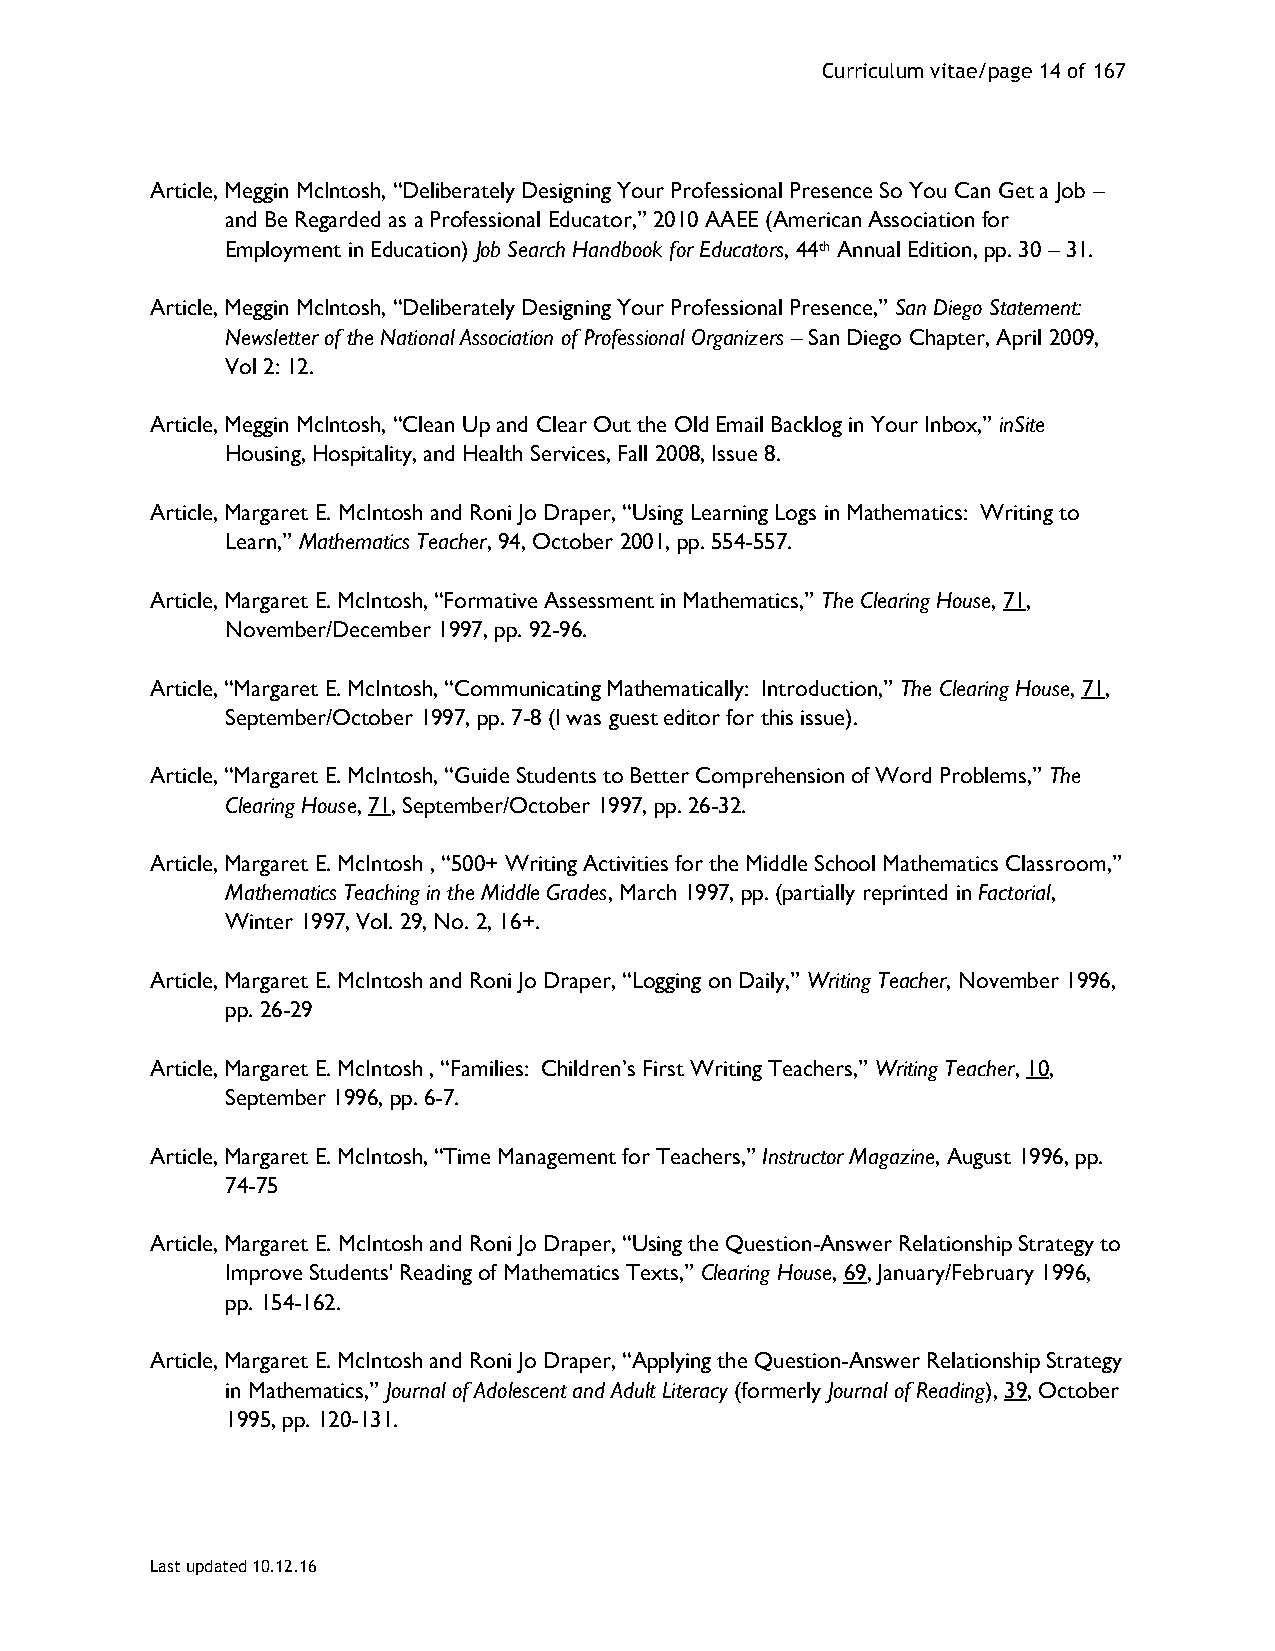
Curriculum vitae/page 14 of 167
 Article, Meggin McIntosh, “Deliberately Designing Your Professional Presence So You Can Get a Job –
 and Be Regarded as a Professional Educator,” 2010 AAEE (American Association for
 Employment in Education) Job Search Handbook for Educators, 44th Annual Edition, pp. 30 – 31.
 Article, Meggin McIntosh, “Deliberately Designing Your Professional Presence,” San Diego Statement:
 Newsletter of the National Association of Professional Organizers – San Diego Chapter, April 2009,
 Vol 2: 12.
 Article, Meggin McIntosh, “Clean Up and Clear Out the Old Email Backlog in Your Inbox,” inSite
 Housing, Hospitality, and Health Services, Fall 2008, Issue 8.
 Article, Margaret E. McIntosh and Roni Jo Draper, “Using Learning Logs in Mathematics: Writing to
 Learn,” Mathematics Teacher, 94, October 2001, pp. 554-557.
 Article, Margaret E. McIntosh, “Formative Assessment in Mathematics,” The Clearing House, 71,
 November/December 1997, pp. 92-96.
 Article, “Margaret E. McIntosh, “Communicating Mathematically: Introduction,” The Clearing House, 71,
 September/October 1997, pp. 7-8 (I was guest editor for this issue).
 Article, “Margaret E. McIntosh, “Guide Students to Better Comprehension of Word Problems,” The
 Clearing House, 71, September/October 1997, pp. 26-32.
 Article, Margaret E. McIntosh , “500+ Writing Activities for the Middle School Mathematics Classroom,”
 Mathematics Teaching in the Middle Grades, March 1997, pp. (partially reprinted in Factorial,
 Winter 1997, Vol. 29, No. 2, 16+.
 Article, Margaret E. McIntosh and Roni Jo Draper, “Logging on Daily,” Writing Teacher, November 1996,
 pp. 26-29
 Article, Margaret E. McIntosh , “Families: Children’s First Writing Teachers,” Writing Teacher, 10,
 September 1996, pp. 6-7.
 Article, Margaret E. McIntosh, “Time Management for Teachers,” Instructor Magazine, August 1996, pp.
 74-75
 Article, Margaret E. McIntosh and Roni Jo Draper, “Using the Question-Answer Relationship Strategy to
 Improve Students' Reading of Mathematics Texts,” Clearing House, 69, January/February 1996,
 pp. 154-162.
 Article, Margaret E. McIntosh and Roni Jo Draper, “Applying the Question-Answer Relationship Strategy
 in Mathematics,” Journal of Adolescent and Adult Literacy (formerly Journal of Reading), 39, October
 1995, pp. 120-131.
 Last updated 10.12.16